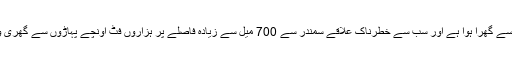
افغانستان زمین سے گھرا ہوا ہے اور سب سے خطرناک علاقے سمندر سے 700 میل سے زیادہ فاصلے پر ہزاروں فٹ اونچے پہاڑوں سے گھری وادیوں میں ہیں ۔